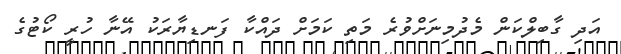
އަދި ގާބިލްކަން މެދުމިނަށްވުރެ މަތި ކަމަށް ދައްކާ ފަނޑިޔާރަކު އޭނާ ހުރީ ކޯޓުގެ